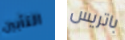
التأبين باتريس